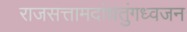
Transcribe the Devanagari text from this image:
राजसत्तामदांधतुंगध्वजन